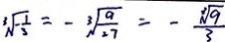
\sqrt [ 3 ] { - \frac { 1 } { 3 } } = - \sqrt [ 3 ] { \frac { 9 } { 2 7 } } = - \frac { \sqrt [ 3 ] { 9 } } { 3 }